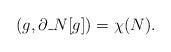
LaTeX: \begin{align*}(g,\partial\_N[g]) = \chi(N).\end{align*}